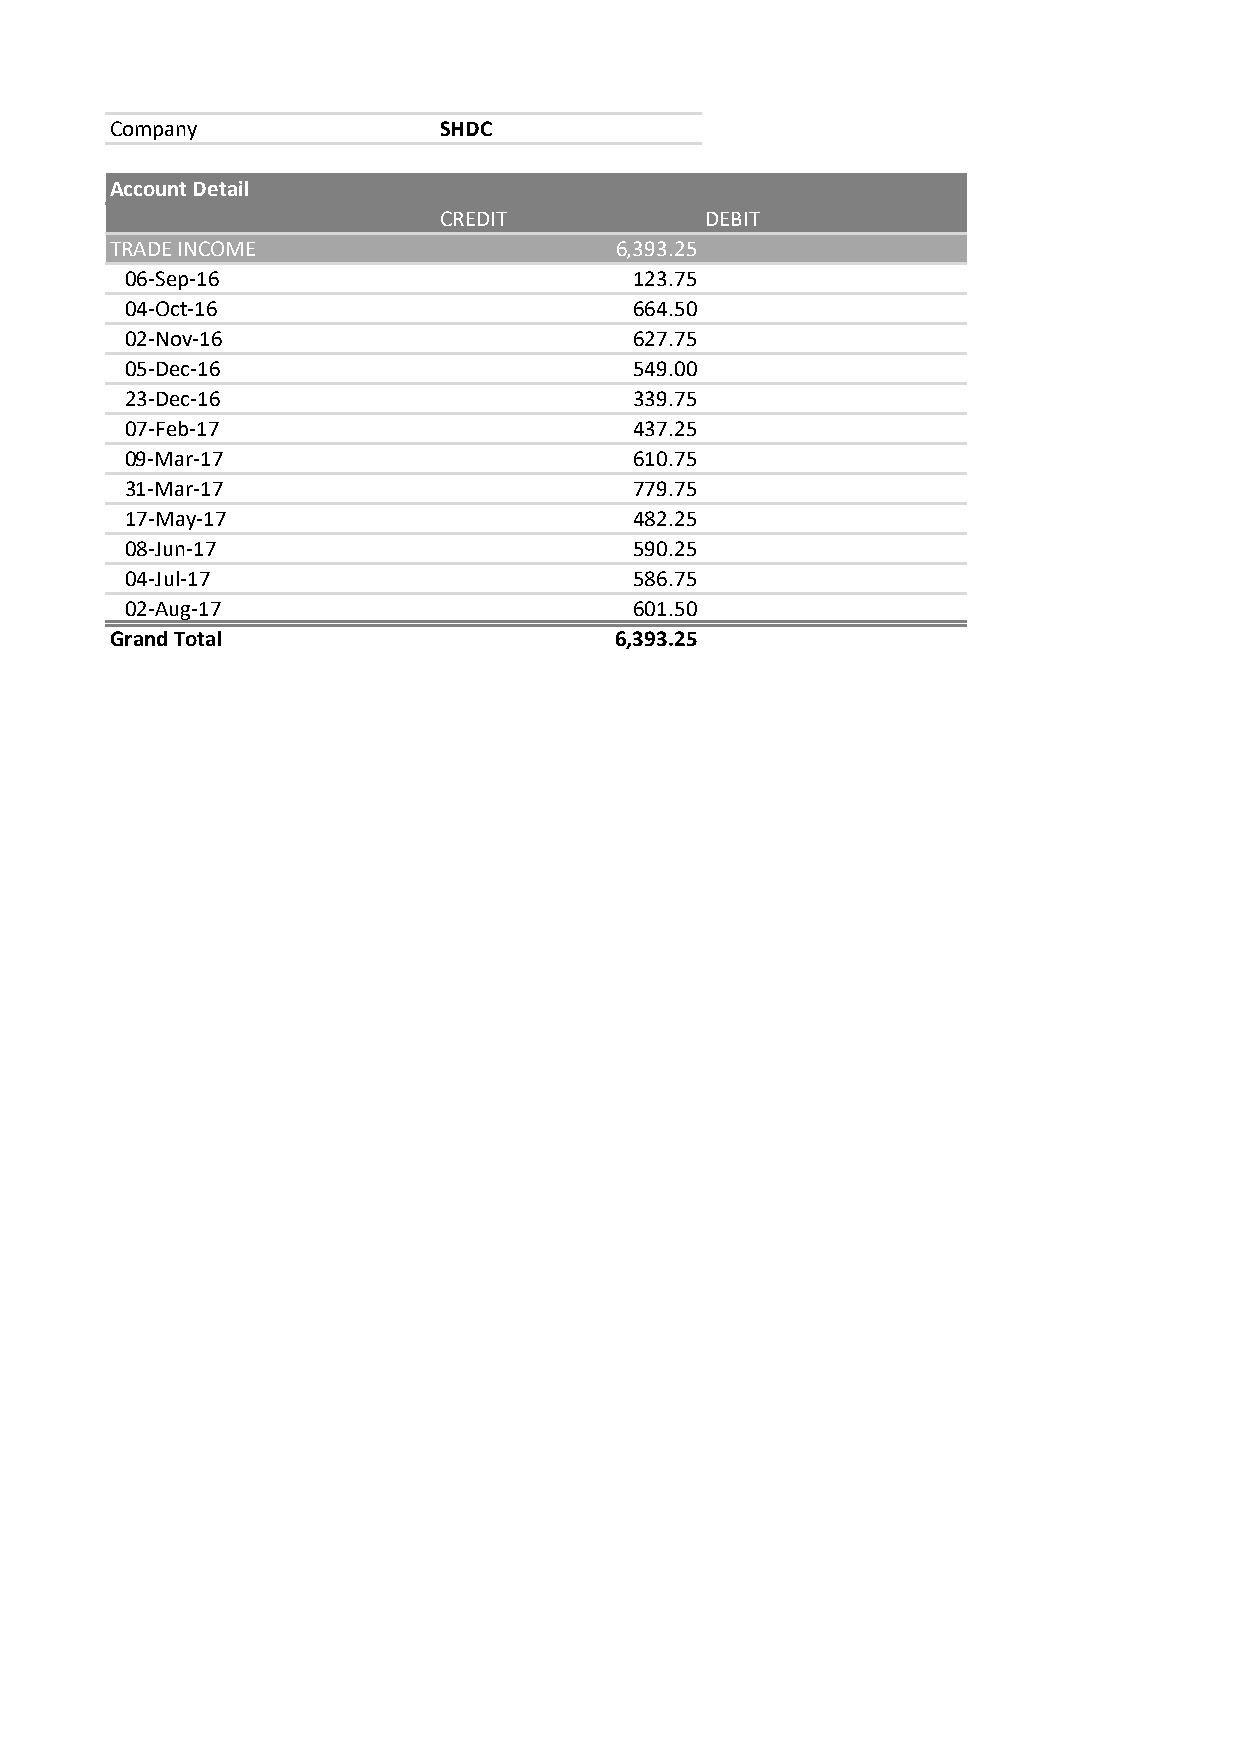
Company               SHDC
 Account Detail
 CREDIT            DEBIT
 TRADE INCOME                      6,393.25
 06-Sep-16                         123.75
 04-Oct-16                         664.50
 02-Nov-16                         627.75
 05-Dec-16                         549.00
 23-Dec-16                         339.75
 07-Feb-17                         437.25
 09-Mar-17                         610.75
 31-Mar-17                         779.75
 17-May-17                         482.25
 08-Jun-17                         590.25
 04-Jul-17                         586.75
 02-Aug-17                         601.50
 Grand Total                       6,393.25